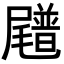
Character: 𪨟